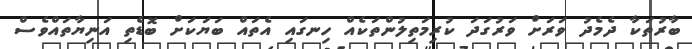
ބާރުތަކާ ދެމެދު ވަރަށް ވަރުގަދަ ކުރިމަތިލުންތަކެއް ހިނގައި އެތައް ބަޔަކަށް ބޮޑެތި އަނިޔާތައްވެސް